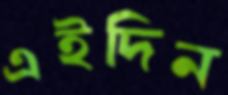
এইদিন